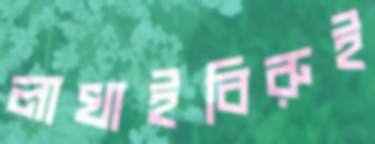
লাখাইবিরুই